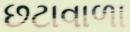
છટાવાળા